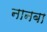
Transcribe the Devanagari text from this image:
नानबा